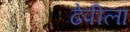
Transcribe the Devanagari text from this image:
ढेपीला